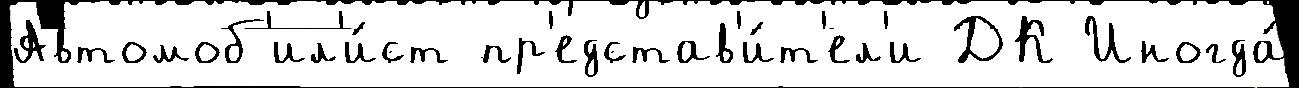
Автомоб'ил'и́ст пр'едстав'и́т'ел'и ДК Иногда́